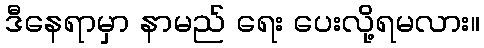
ဒီနေရာမှာ နာမည် ရေး ပေးလို့ရမလား။